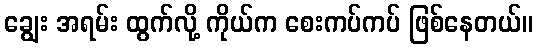
ချွေး အရမ်း ထွက်လို့ ကိုယ်က စေးကပ်ကပ် ဖြစ်နေတယ်။